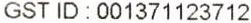
GST ID : 001371123712